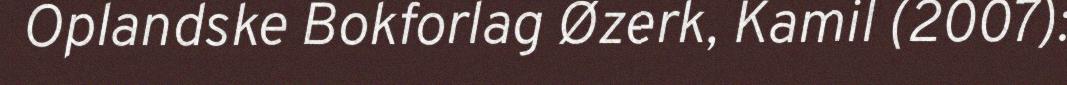
Oplandske Bokforlag Øzerk, Kamil (2007):